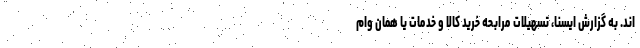
اند. به گزارش ایسنا، تسهیلات مرابحه خرید کالا و خدمات یا همان وام